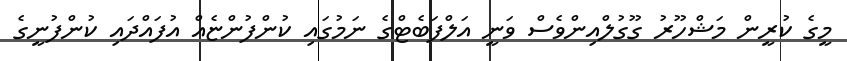
މީގެ ކުރީން މަޝްހޫރު ގޫގުލްއިންވެސް ވަނީ އަލްފަބެޓްގެ ނަމުގައި ކުންފުންޏެއް އުފައްދައި ކުންފުނީގެ